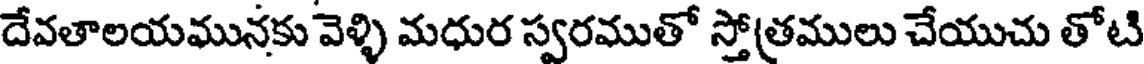
దేవతాలయమునకు వెళ్ళి మధుర స్వరముతో స్తోత్రములు చేయుచు తోటి